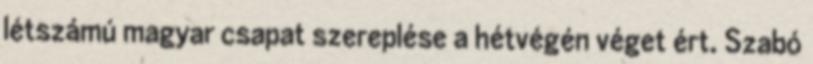
létszámú magyar csapat szereplése a hétvégén véget ért. Szabó